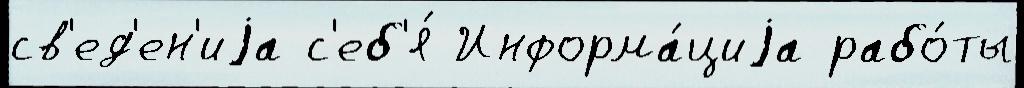
св'ед'ен'иjа с'еб'я́ Информа́циjа рабо́ты